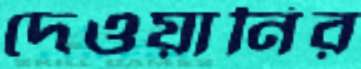
দেওয়ানির